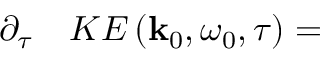
\begin{array} { r l } { \partial _ { \tau } } & { { } K E \left( \mathbf { k } _ { 0 } , \omega _ { 0 } , \tau \right) = } \end{array}